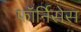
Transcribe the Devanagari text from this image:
फॉर्निसेस